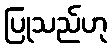
ပြုသည်ဟု